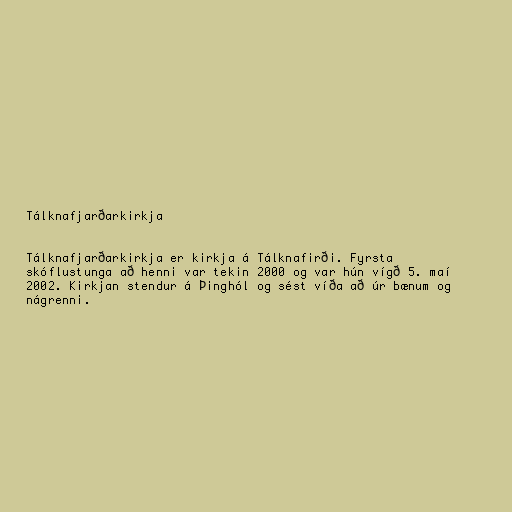
Tálknafjarðarkirkja

Tálknafjarðarkirkja er kirkja á Tálknafirði. Fyrsta
skóflustunga að henni var tekin 2000 og var hún vígð 5. maí
2002. Kirkjan stendur á Þinghól og sést víða að úr bænum og
nágrenni.